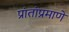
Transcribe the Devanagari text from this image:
प्रांतांप्रमाणे